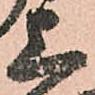
上